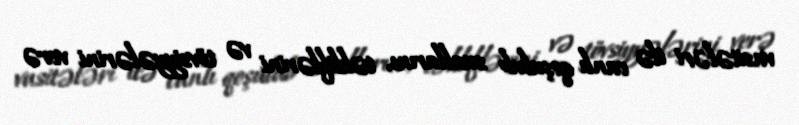
vasitələri ilə canlı qoşulub suallarını, təkliflərini və tövsiyyələrini verə